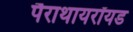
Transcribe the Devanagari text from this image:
पैराथायरॉयड